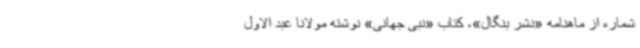
شماره از ماهنامه «نشر بنگال»، کتاب «نبی جهانی» نوشته مولانا عبد الاول